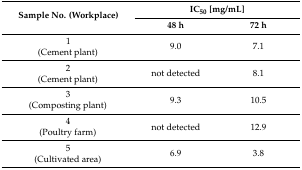
<table><thead><tr><td rowspan="2"><b>Sample No. (Workplace)</b></td><td colspan="2"><b>IC<sub>50</sub> [mg/mL] </b></td></tr><tr><td><b>48 h</b></td><td><b>72 h</b></td></tr></thead><tbody><tr><td>1(Cement plant)</td><td>9.0</td><td>7.1</td></tr><tr><td>2(Cement plant)</td><td>not detected</td><td>8.1</td></tr><tr><td>3(Composting plant)</td><td>9.3</td><td>10.5</td></tr><tr><td>4(Poultry farm)</td><td>not detected</td><td>12.9</td></tr><tr><td>5(Cultivated area)</td><td>6.9</td><td>3.8</td></tr></tbody></table>